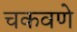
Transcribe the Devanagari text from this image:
चकवणे